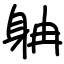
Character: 𨈭